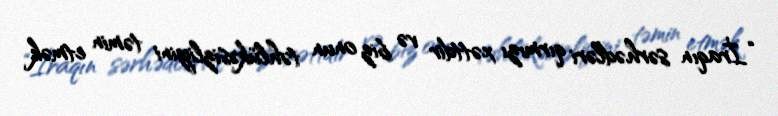
“İraqın sərhədləri qırmızı xəttdir və biz onun təhlükəsizliyini təmin etmək